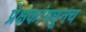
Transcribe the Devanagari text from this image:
प्रेक्षकांमधूनच